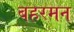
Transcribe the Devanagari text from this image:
बहरमन